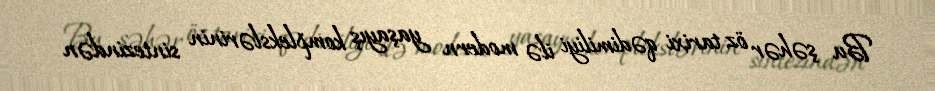
Bu şəhər öz tarixi qədimiliyi ilə modern yaşayış komplekslərinin sintezindən